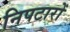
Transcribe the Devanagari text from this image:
निपटारों